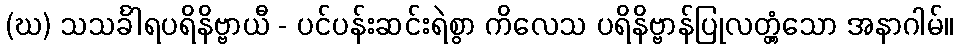
(ဃ) သသင်္ခါရပရိနိဗ္ဗာယီ - ပင်ပန်းဆင်းရဲစွာ ကိလေသ ပရိနိဗ္ဗာန်ပြုလတ္တံ့သော အနာဂါမ်။